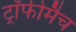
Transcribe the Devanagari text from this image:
ट्रॉफीमैच